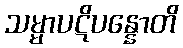
သမ္မာပဋိပန္နောတိ